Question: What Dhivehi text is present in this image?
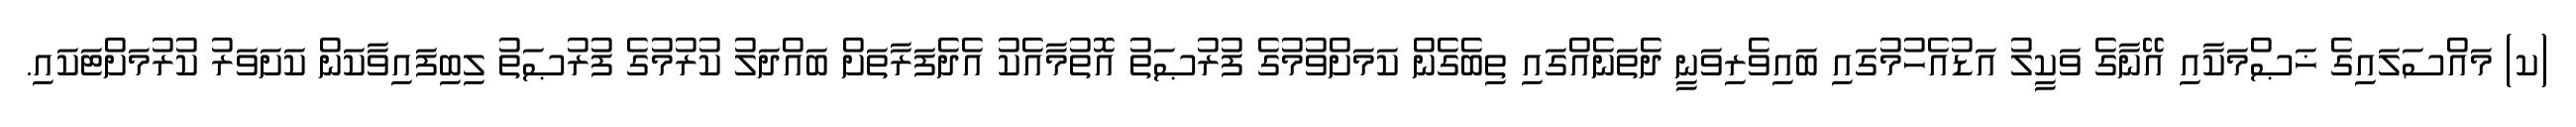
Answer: (ކ) މައްސަލައިގެ ޚަޞްމަކާއި އޭނާގެ ވަކީލު އަޑުއެހުމުގައި ބައިވެރިވަނީ ދެތަނެއްގައި ތިބެގެން ކަމަށްވުމުގެ ފުރުޞަތު އޮތުމާއެކު އެދެފަރާތަށް ބައްދަލު ކުރުމުގެ ފުރުޞަތު ލިބިފައިވާކަން ކަށަވަރު ކުރުމަށްޓަކައި.